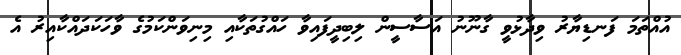
އުއްތަމަ ފަނޑިޔާރު ވިދާޅުވީ ގާނޫނު އަސާސީން ލިބިދީފައިވާ ހައްގުތަކާއި މިނިވަންކަމުގެ ވާހަކަދައްކާއިރު އެ